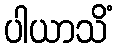
ပါယာသိံ